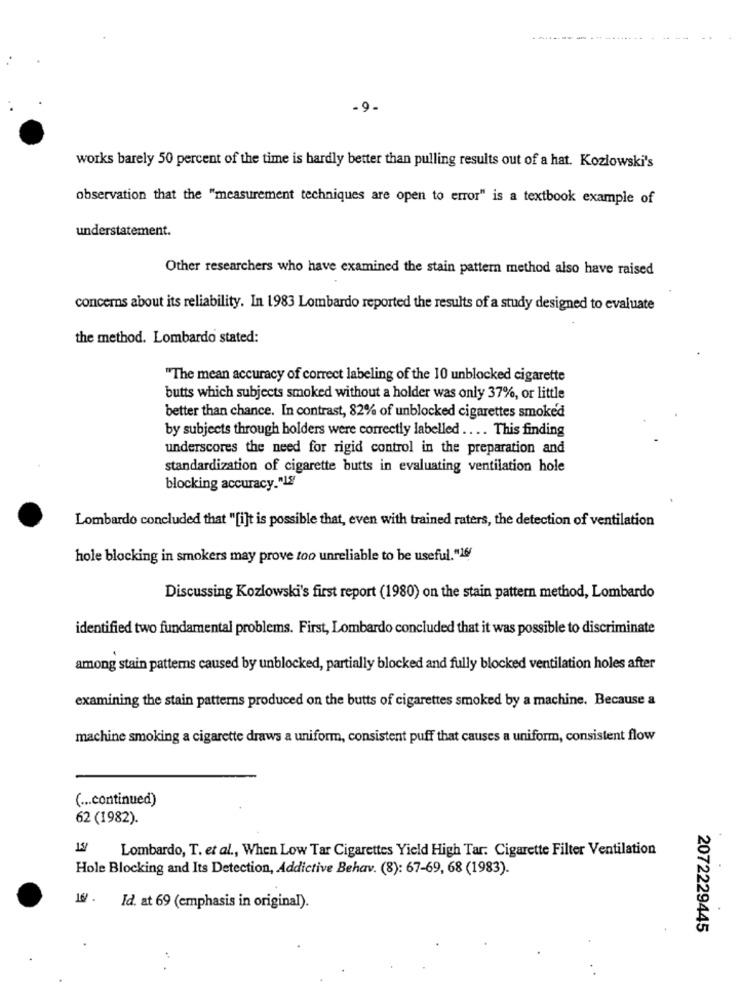
works barely 50 percent of the time is hardly better than pulling results out of a hat. Kozlowski's
observation that the "measurement techniques are open to error" is a textbook example of
understatement.
Other researchers who have examined the stain pattern method also have raised
concerns about its reliability. In 1983 Lombardo reported the results of a study designed to evaluate
the method. Lombardo stated:
"The mean accuracy of correct labeling of the 10 unblocked cigarette
butts which subjects smoked without a holder was only 37%, or little
better than chance. In contrast, 82% of unblocked cigarettes smoked
by subjects through holders were correctly labelled .... This finding
underscores the need for rigid control in the preparation and
standardization of cigarette butts in evaluating ventilation hole
blocking accuracy."IS"
Lombardo concluded that "[i]t is possible that, even with trained raters, the detection of ventilation
hole blocking in smokers may prove too unreliable to be useful."16/
Discussing Kozlowski's first report (1980) on the stain pattern method, Lombardo
identified two fundamental problems. First, Lombardo concluded that it was possible to discriminate
among stain patterns caused by unblocked, partially blocked and fully blocked ventilation holes after
examining the stain patterns produced on the butts of cigarettes smoked by a machine. Because a
machine smoking a cigarette draws a uniform, consistent puff that causes a uniform, consistent flow
( ... continued)
62 (1982).
Lombardo, T. et al ., When Low Tar Cigarettes Yield High Tar: Cigarette Filter Ventilation
Hole Blocking and Its Detection, Addictive Behav. (8): 67-69, 68 (1983).
16 .
Id. at 69 (emphasis in original).
2072229445